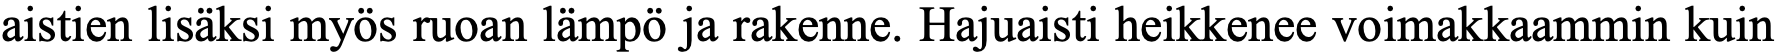
aistien lisäksi myös ruoan lämpö ja rakenne. Hajuaisti heikkenee voimakkaammin kuin